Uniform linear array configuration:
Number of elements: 12
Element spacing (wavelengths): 0.5
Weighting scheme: binomial
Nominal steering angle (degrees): -30
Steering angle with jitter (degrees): -28.81
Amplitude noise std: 0.05
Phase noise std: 0.05

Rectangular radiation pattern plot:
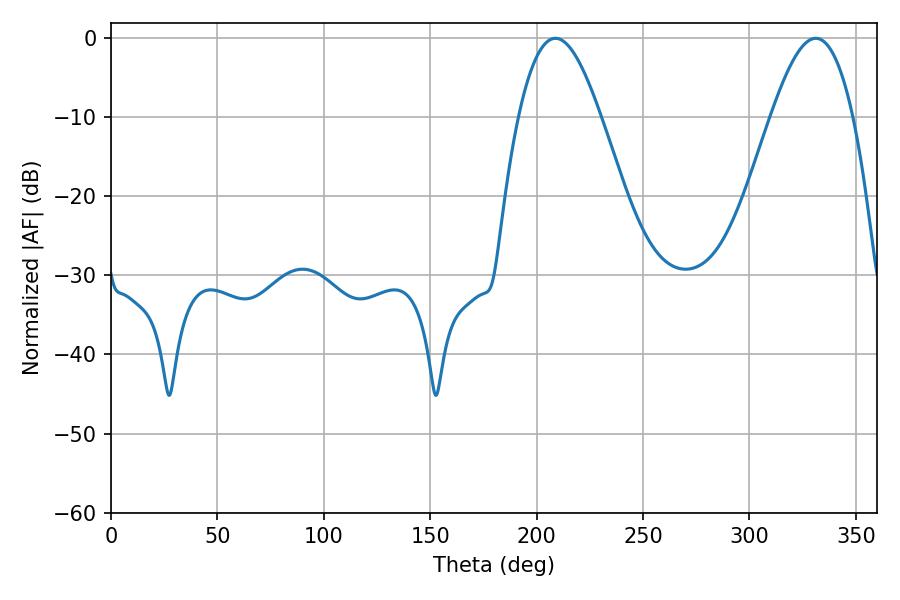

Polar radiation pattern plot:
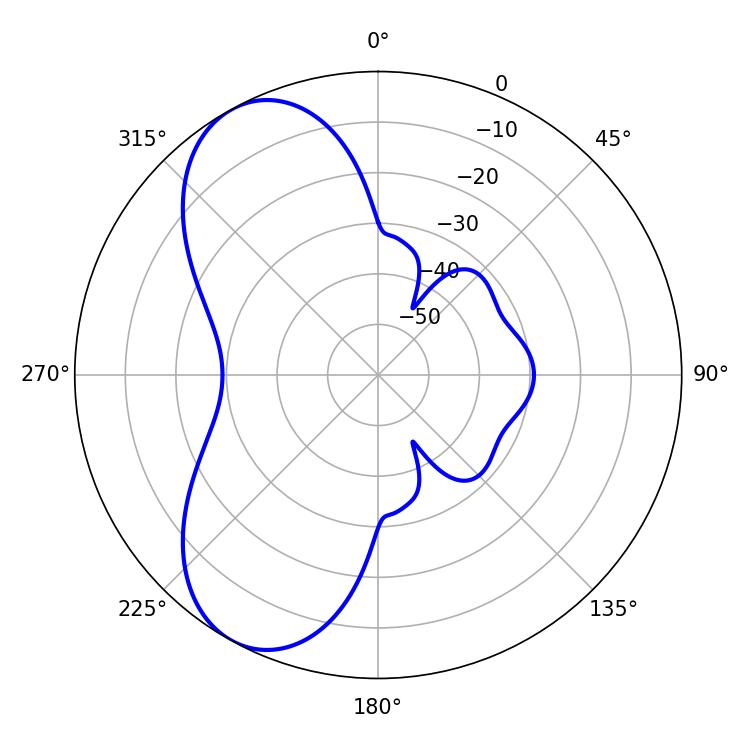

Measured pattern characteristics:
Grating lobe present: FALSE
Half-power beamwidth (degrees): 20.88
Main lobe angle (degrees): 208.8